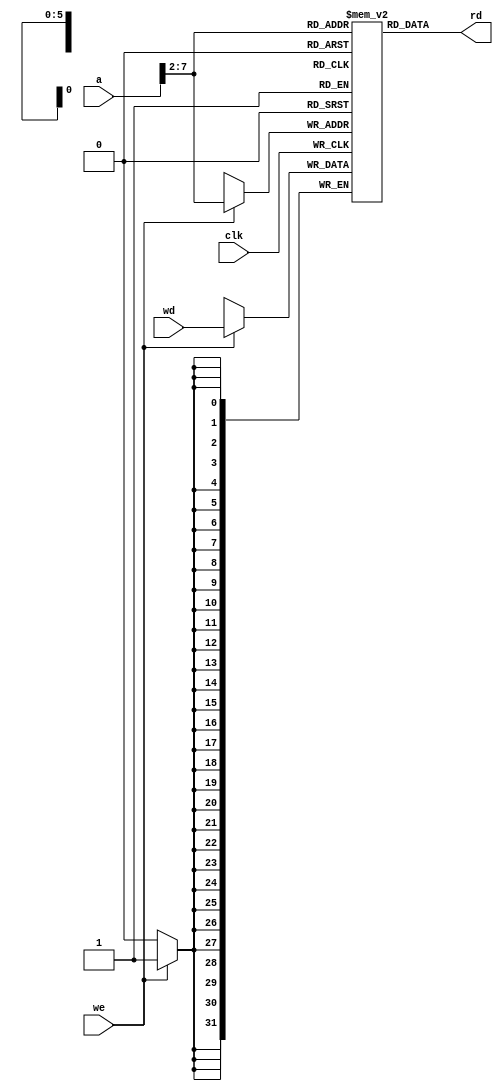
module dmem (input clk, we,
input [31:0] a, wd,
output [31:0] rd);
reg [31:0] RAM[63:0];
assign rd = RAM[a[31:2]]; // word aligned
always @ (posedge clk)
if (we)
RAM[a[31:2]] <= wd;
endmodule